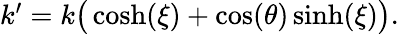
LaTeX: \begin{array}{r}{k^{\prime}=k\big(\cosh(\xi)+\cos(\theta)\sinh(\xi)\big).}\end{array}